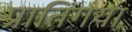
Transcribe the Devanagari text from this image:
प्रातिगया